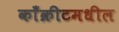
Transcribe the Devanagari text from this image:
काँक्रीटमधील